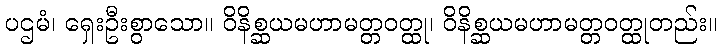
ပဌမံ၊ ရှေးဦးစွာသော။ ဝိနိစ္ဆယမဟာမတ္တဝတ္ထု၊ ဝိနိစ္ဆယမဟာမတ္တဝတ္ထုတည်း။